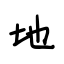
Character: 地